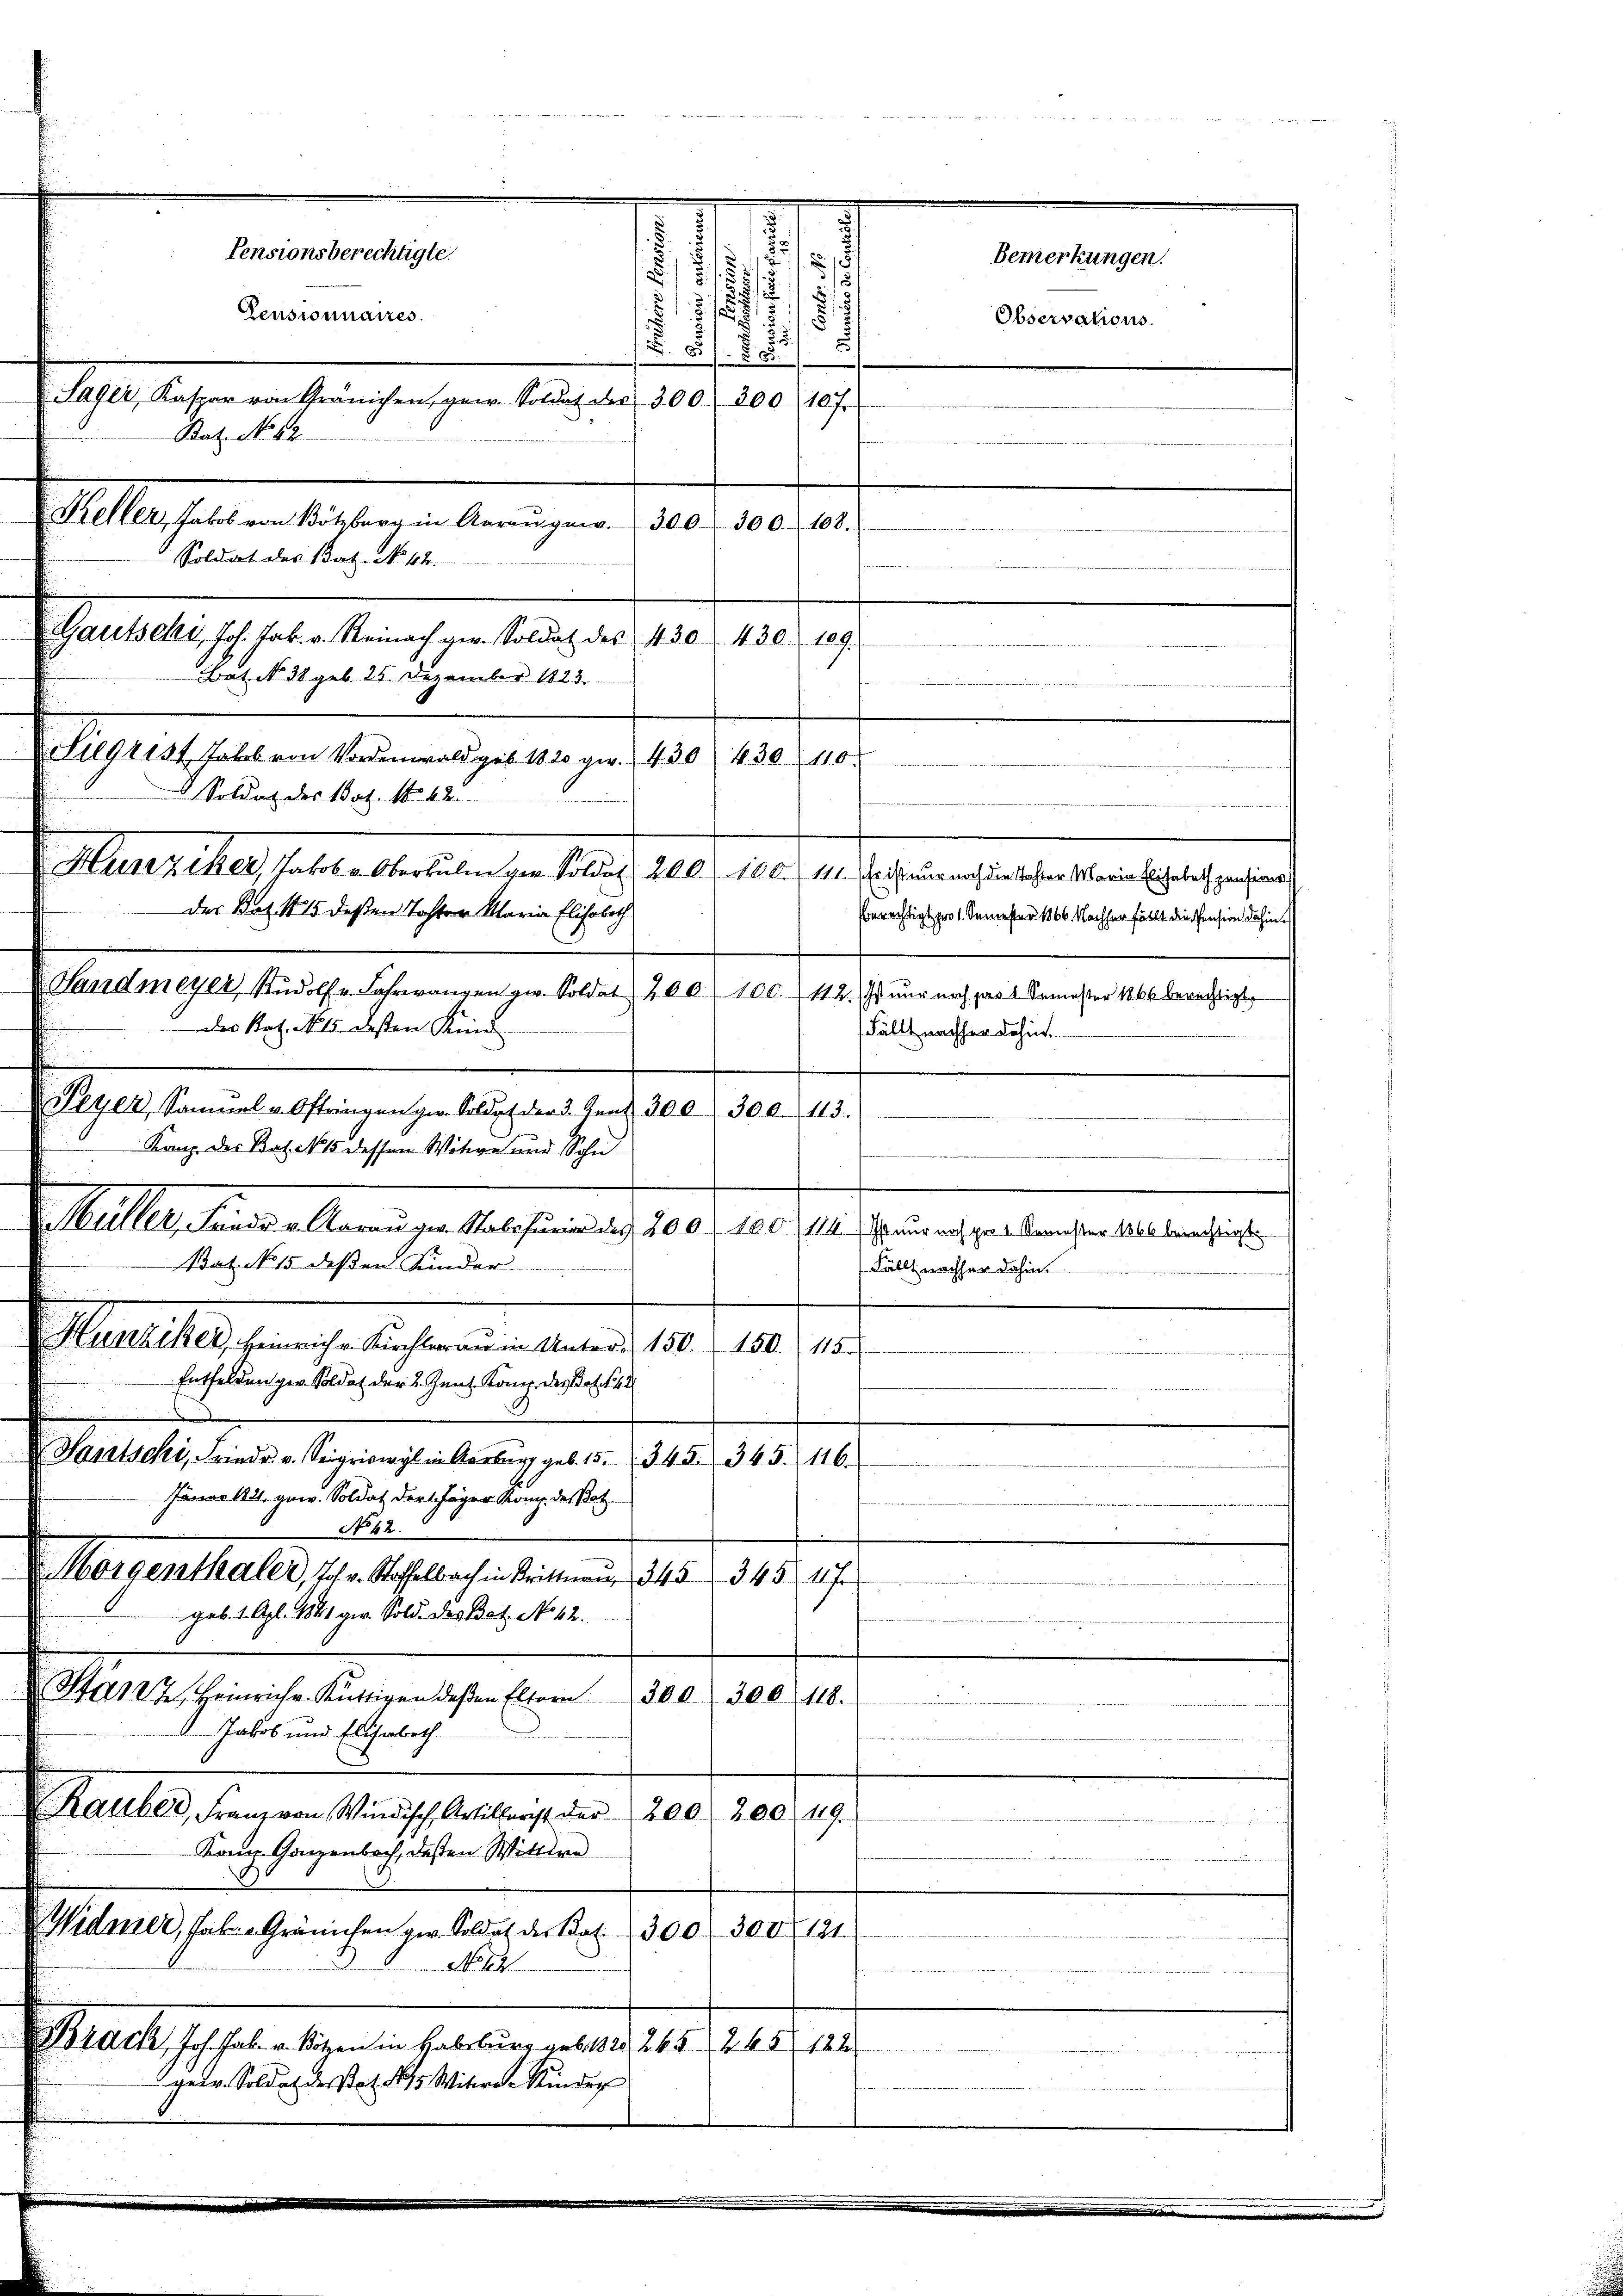
Pensionsberechtigte.
.
Sager, Kaspar von Gränichen, gar Soldat der 300. 300 107.
Bat. No 12.
Motteshalten bestigen bereingen 1810. 10. 101.
Gautschi, Joh. Jak. v. Reinach ger. Soldat des 430. 430. 109.
Bat. No. 38 geb. 25. Dezember 1823.
Silgrist Jakob von Vordenwald geb. 1820 gr. 430 430  110
Soldat des Bat. N. 42.
Hunziker, Jakob v. Oberkulm vor. Soldat 20 l. 166. 111. Wetteur nach die Tasten Maria Elisabeth gen seine
des Kot. 1815 deßen Tochter Maria Elisabeth

.
 5. 28
Berechtigt pro 1. Semester 1866. Nachher fällt die Pension dahin.
Fällt nachher dahin.
Peyer, Sammel v. Oftringen ge. Soldat der 3. Jent. 300. 300. 113.
Kanz. der Bat. No 15 dessen Witwe und Sohn
n
e
.
Müller, Frede v. Aarau zw. Stabsfuria des 200. r. 100, 114.  Frauens pr 3 Semester 100 berechtigste
Bat. No 15. deßen Kinder
Fällt nachher dahin.
e
Hunziker, Heinriche Kirchler in Unter 150. 150. 115.
Entfeldenger Soldat der 2. Junt. Komp. des Joh. St
Hantschi, Friedr. v. Seigriswyl in Aarburg geb. 15. 345. 365. 116.
Jäner 1821. gen. Soldat der 1. Jäger Kan des Bat.
No 62.
Morgenthaler, Joh. Stoffelbach in Mittnau, 345. 345

207
geb. 1. Apl. 1841 ger. Sold. des Bat. No 12.
412, Heinrich-Rüttigen deßen Eltern
der sehen
n
1 Jakob und Eliserbeth
Rauber, Franz von Windisch, Artillarist der 200. 200. 119.
König. Ganzenbach, deßen Wittwe
e
Widmer, Jak. Gränichen ger. Soldat der Bat. 300. 300. 191
.
No. 14
Statt Gefahre Eigen den hatten, aber 10. 140, al
gedr. Soldat desstat des Witere Kinder

Pensionnaires.

Soldat des Bat. No. 42.

des Stat. No 15. dessen Kind

.
5
s

Landmeyer, Rudolf Jahrrangen ger. Soldat 200. 100. 112. Ist nur noch das 2 Semester 1866 berechtigt.

Bemerkungen.

Observations.